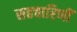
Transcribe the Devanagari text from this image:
सहचारिणीं